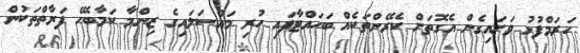
ހަރަމްފުޅު ވަށައިގެން އެގޮތަށް ކެރޭންތަކެއް ބަހައްޓާފައި ހުރި މައްސަލައިގެ ޒިންމާ ކަމާބެހޭ ފަރާތްތަކުން